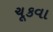
ચૂકવા